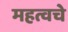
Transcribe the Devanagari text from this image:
महत्वचे